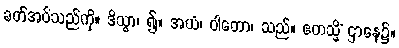
ခတ်အပ်သည်ကို။ ဒိသွာ၊ ၍။ အယံ၊ ဝါတော၊ သည်။ ဧတသ္မိံ ဌာနေ၌။